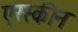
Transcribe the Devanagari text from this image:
एरस्कीन